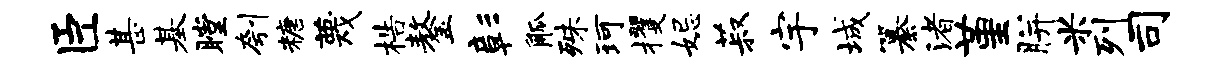
臣甚基瞠刳糖蔑梏鏊彰觚殊珂攫妃菽宇城纂渚堇胼米列司